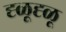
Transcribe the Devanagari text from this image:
ह्ळूह्ळू